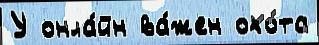
У онла́йн ва́жен охо́та